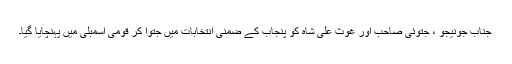
جناب جونیجو ، جتوئی صاحب اور غوث علی شاہ کو پنجاب کے ضمنی انتخابات میں جتوا کر قومی اسمبلی میں پہنچایا گیا۔